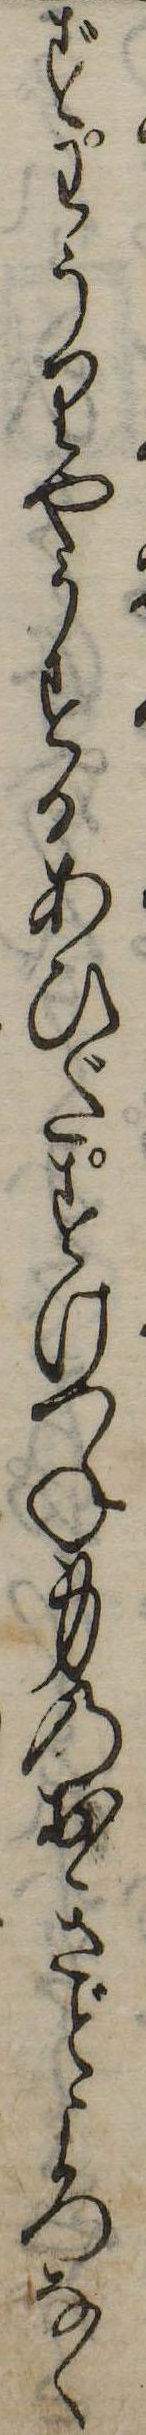
ずわうりやうするあひだすけつね身のおきどころなく